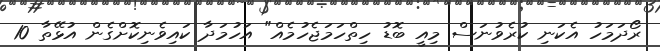
ރޯދަމަހު އެކަނި ކުރެވުނަސް މިއީ ބޮޑު ހިތްހަމަޖެހުމެއް" އަހުމަދާ ކައިވެނިކޮށްގެން އުޅޭތާ 10